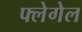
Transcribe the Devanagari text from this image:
फ्लेगेल